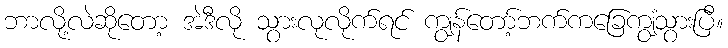
ဘာလို့လဲဆိုတော့ အဲဒီလို သွားလုလိုက်ရင် ကျွန်တော့်ဘက်ကခြေကျွံသွားပြီ။